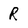
Character: R